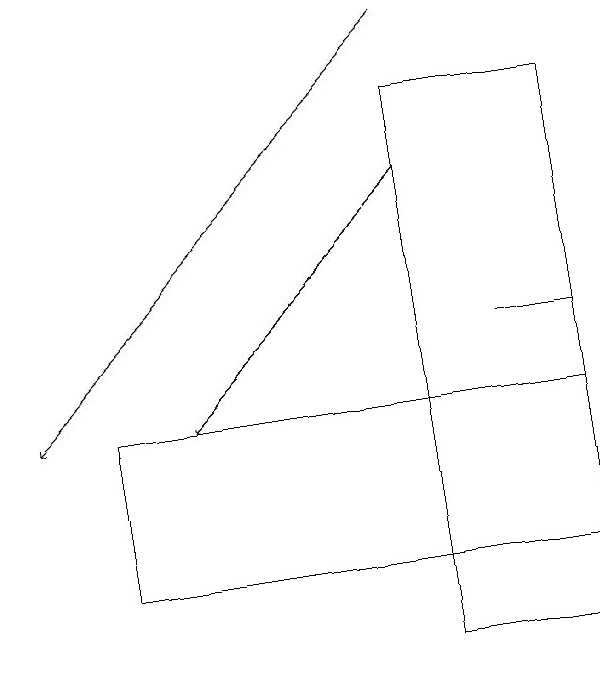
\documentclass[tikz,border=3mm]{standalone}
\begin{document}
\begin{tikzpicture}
\draw[->] (7,17) -- (4,14);
\draw (3,14) rectangle (9,12);
\draw (8,15) rectangle (9,15);
\draw (9,18) rectangle (7,11);
\draw[->] (7,19) -- (2,14);
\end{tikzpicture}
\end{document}